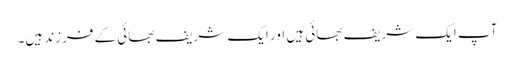
آپ ایک شریف بھائی ہیں اور ایک شریف بھائی کے فرزند ہیں۔